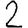
Digit: 2